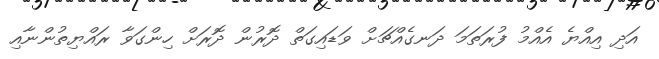
އަދި އިއްޔެ އެއްމު ފުރަތަމަ ދަނގެއްޗަށް ވަޑައިގަތް ދޮރުން ދޮރަށް ހިންގަވާ ރައްޔިތުންނާއި